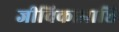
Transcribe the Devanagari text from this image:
जीविकाप्राप्ति